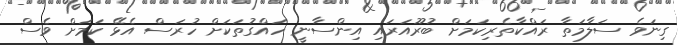
ގިނަވެ ސަލާމަތާ ރައްކާތެރިކަމަށް ބުރޫއަރައި އިންސާނީ ހައްގުތަކަށް ހުރަސް އެޅޭ ކަމަށް ވެސް